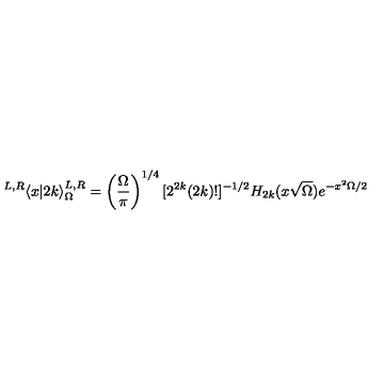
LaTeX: { } ^ { L , R } \langle x | 2 k \rangle _ { \Omega } ^ { L , R } = \left( { \frac { \Omega } { \pi } } \right) ^ { 1 / 4 } [ 2 ^ { 2 k } ( 2 k ) ! ] ^ { - 1 / 2 } H _ { 2 k } ( x \sqrt { \Omega } ) e ^ { - x ^ { 2 } \Omega / 2 }